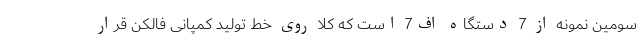
سومین نمونه از 7 دستگاه اف7 است که کلا روی خط تولید کمپانی فالکن قرار